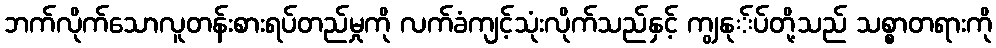
ဘက်လိုက်သောလူတန်းစားရပ်တည်မှုကို လက်ခံကျင့်သုံးလိုက်သည်နှင့် ကျွနု်ပ်တို့သည် သစ္စာတရားကို